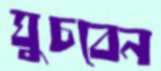
ঘুচবেন